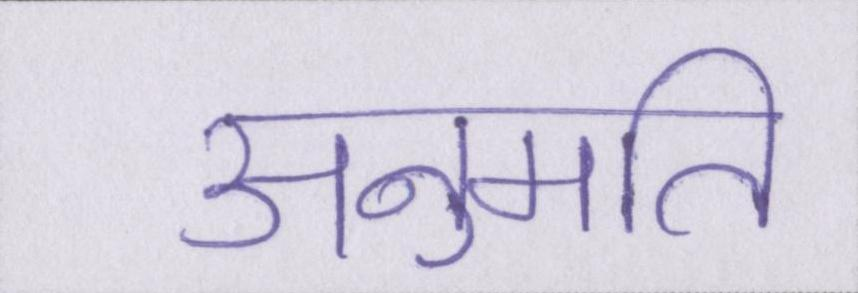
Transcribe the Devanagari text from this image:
अनुमति